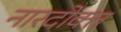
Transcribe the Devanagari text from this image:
नारदोक्त